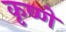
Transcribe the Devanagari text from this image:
कृष्णे